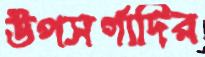
উপসর্গাদির